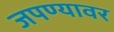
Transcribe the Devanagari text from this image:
जपण्यावर